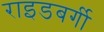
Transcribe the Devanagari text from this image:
राइडबर्गी